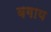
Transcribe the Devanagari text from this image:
बगाय